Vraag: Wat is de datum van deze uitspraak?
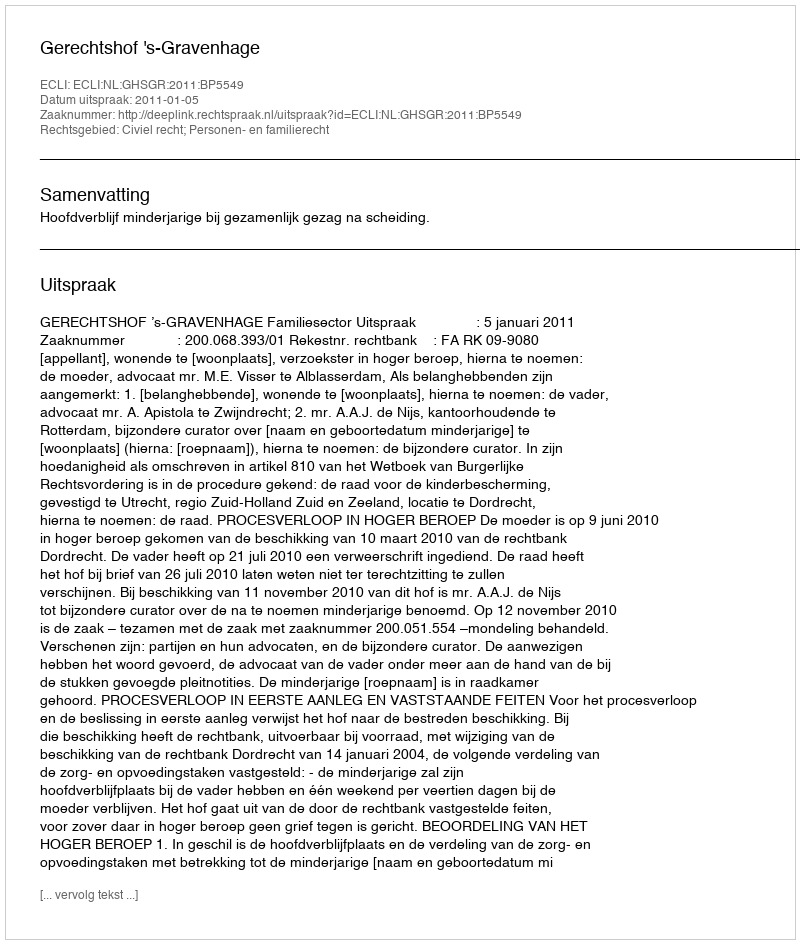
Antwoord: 2011-01-05